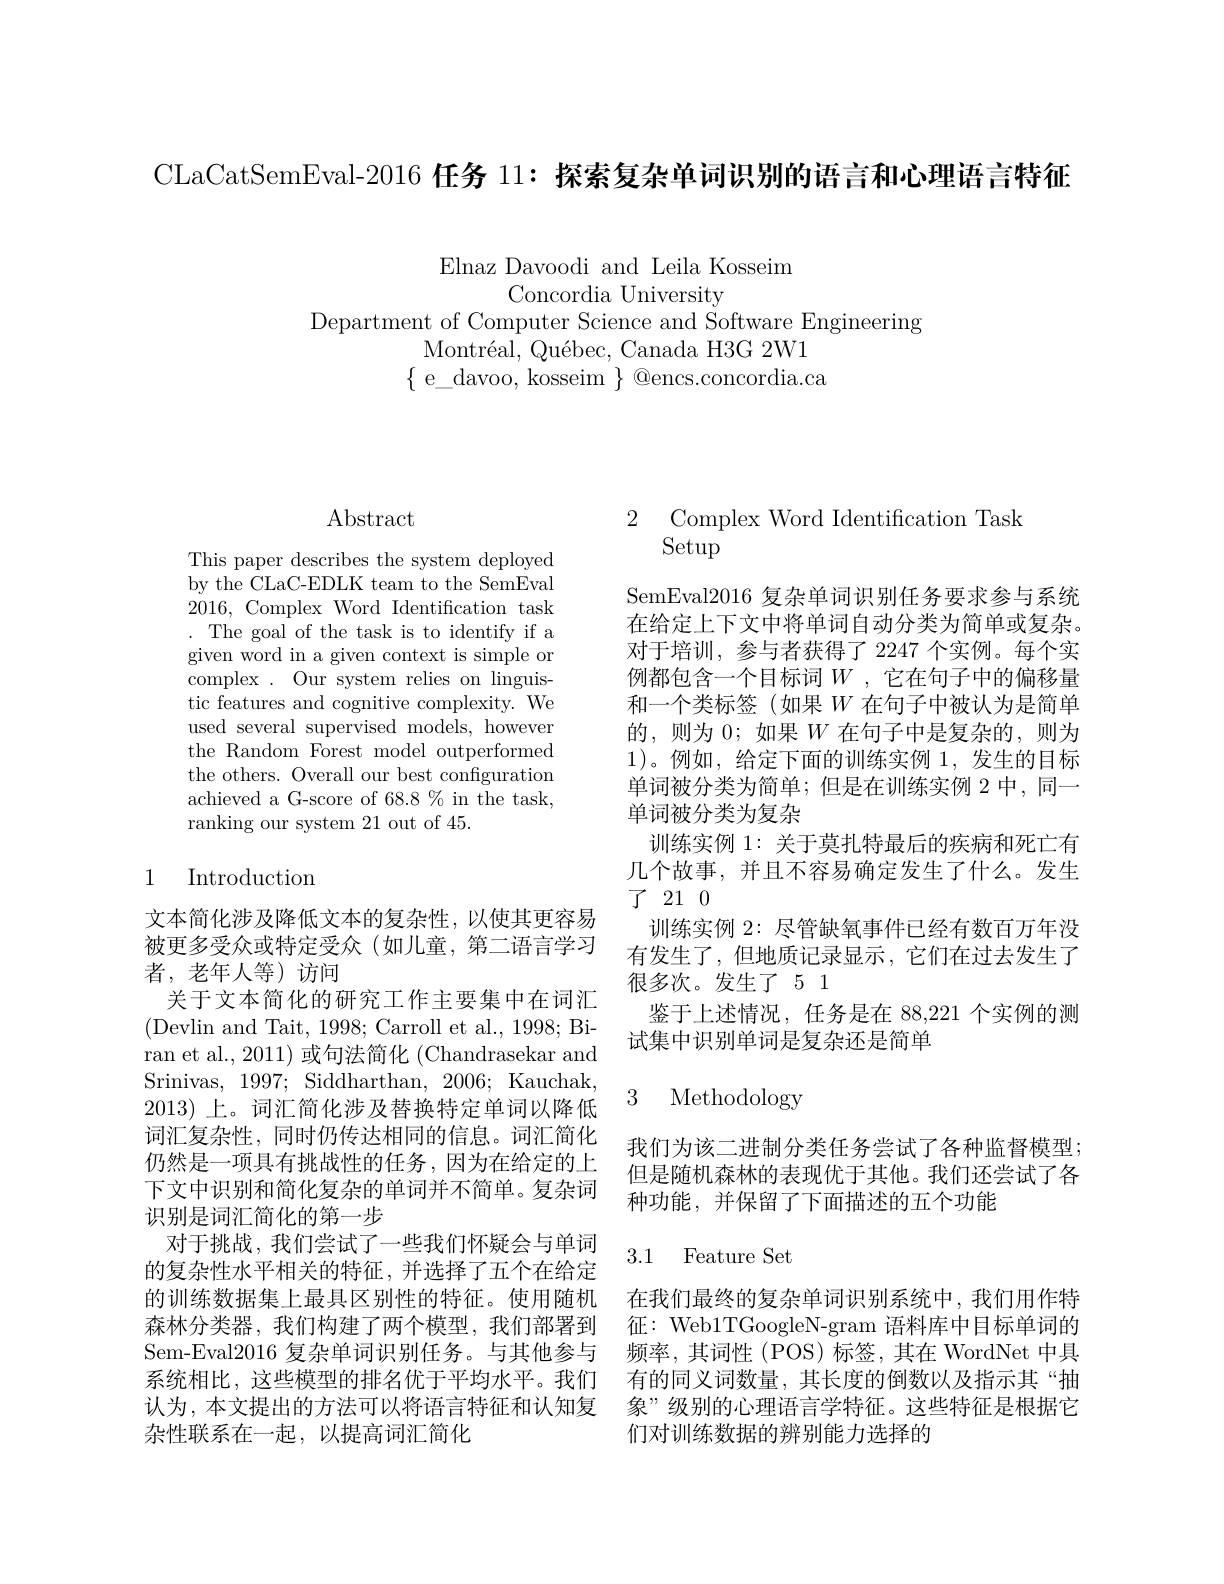
CLaCatSemEval-2016 任务 11: 探索复杂单词识别的语言和心理语言特征

Elnaz Davoodi and Leila Kosseim
Concordia University
Department of Computer Science and Software Engineering
Montr$\' {e}$al, Qu$\' {e}$bec, CanadaH3G2W1 $\{$e\_davoo, kosseim$\}$@encs.concordia.ca

$\operatorname{Abstract}$

This paper describes the system deployed by the CLaC-EDLK team to the SemEval 2016, Complex Word Identification task . The goal of the task is to identify if a given word in a given context is simple or complex. Our system relies on linguistic features and cognitive complexity. We used several supervised models, however the Random Forest model outperformed the others. Overall our best configuration achieved a G-score of 68.8 % in the task, ranking our system 21 out of 45.

## 1 Introduction

文本简化涉及降低文本的复杂性，以使其更容易被更多受众或特定受众(如儿童，第二语言学习者，老年人等)访问
关于文本简化的研究工作主要集中在词汇(Devlin and Tait, 1998; Carroll et al., 1998; Biran et al., 2011) 或句法简化 (Chandrasekar and Srinivas,1997;Siddharthan,2006;Kauchak, 2013)上。词汇简化涉及替换特定单词以降低词汇复杂性，同时仍传达相同的信息。词汇简化仍然是一项具有挑战性的任务，因为在给定的上下文中识别和简化复杂的单词并不简单。复杂词识别是词汇简化的第一步
对于挑战，我们尝试了一些我们怀疑会与单词的复杂性水平相关的特征，并选择了五个在给定的训练数据集上最具区别性的特征。使用随机 在我们最终的复杂单词识别系统中，我们用作特森林分类器，我们构建了两个模型，我们部署到 征：Web1TGoogleN-gram 语料库中目标单词的Sem-Eval2016 复杂单词识别任务。与其他参与 频率，其词性 (POS) 标签，其在 WordNet 中具系统相比，这些模型的排名优于平均水平。我们 有的同义词数量，其长度的倒数以及指示其“抽认为，本文提出的方法可以将语言特征和认知复 象”级别的心理语言学特征。这些特征是根据它杂性联系在一起，以提高词汇简化

$\begin{array}{ll}{2}&{{\mathrm{Complex~Word~Identification~Tash}}}\\{{\mathrm{Setup}}}\end{array}$

SemEval2016 复杂单词识别任务要求参与系统在给定上下文中将单词自动分类为简单或复杂。对于培训，参与者获得了 2247 个实例。每个实例都包含一个目标词$W$ ,它在句子中的偏移量和一个类标签(如果$W$在句子中被认为是简单的，则为0；如果$W$在句子中是复杂的，则为1)。例如，给定下面的训练实例1，发生的目标单词被分类为简单；但是在训练实例 2 中，同一单词被分类为复杂
训练实例 1: 关于莫扎特最后的疾病和死亡有几个故事，并且不容易确定发生了什么。发生${\vec{J} }$ 21 0
训练实例 2: 尽管缺氧事件已经有数百万年没有发生了，但地质记录显示，它们在过去发生了很多次。发生了 5 1
鉴于上述情况，任务是在 88,221 个实例的测
试集中识别单词是复杂还是简单

### 3 Methodology

我们为该二进制分类任务尝试了各种监督模型； 但是随机森林的表现优于其他。我们还尝试了各种功能，并保留了下面描述的五个功能

### 3.1 Feature Set

们对训练数据的辨别能力选择的